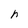
Character: h